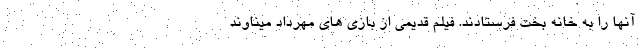
آنها را به خانه بخت فرستادند. فیلم قدیمی از بازی های مهرداد میناوند